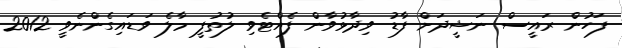
ފަހުން ރައީސް ނަޝީދަށް ފާޑު ވިދާޅުވާން ފެއްޓެވި ލުތުފީ މާލެ ވަޑައިގެންނެވީ 2012